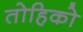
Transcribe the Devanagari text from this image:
तोहिको